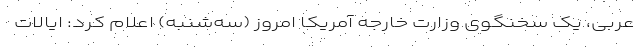
عربی، یک سخنگوی وزارت خارجه آمریکا امروز (سه‌شنبه) اعلام کرد: ایالات